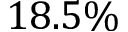
1 8 . 5 \%